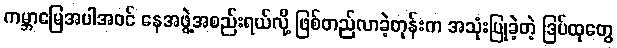
ကမ္ဘာမြေအပါအဝင် နေအဖွဲ့အစည်းရယ်လို့ ဖြစ်တည်လာခဲ့တုန်းက အသုံးပြုခဲ့တဲ့ ဒြပ်ထုတွေ